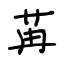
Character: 苒